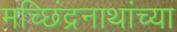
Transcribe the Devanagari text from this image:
मच्छिंद्रनाथांच्या